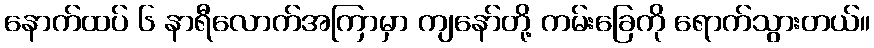
နောက်ထပ် ၆ နာရီလောက်အကြာမှာ ကျနော်တို့ ကမ်းခြေကို ရောက်သွားတယ်။